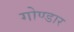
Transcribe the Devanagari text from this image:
गोण्डार